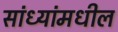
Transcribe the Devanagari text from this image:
सांध्यांमधील